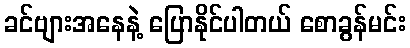
ခင်ဗျားအနေနဲ့ ပြောနိုင်ပါတယ် စောခွန်မင်း